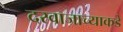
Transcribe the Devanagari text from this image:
दरवाजाच्याकडे